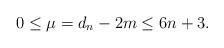
LaTeX: \begin{align*} 0\leq \mu=d_n-2m\leq 6n+3.\end{align*}